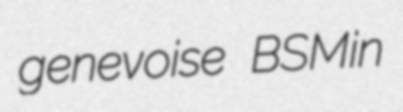
genevoise BSMin